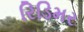
રિડિમર